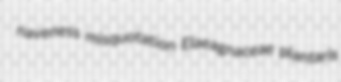
naveness misquotation Elaeagnaceae plantaris